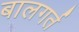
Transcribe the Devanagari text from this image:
बालगर्त